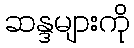
ဆန္ဒများကို